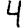
Digit: 4